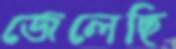
জেলেছি